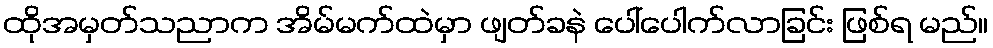
ထိုအမှတ်သညာက အိမ်မက်ထဲမှာ ဖျတ်ခနဲ ပေါ်ပေါက်လာခြင်း ဖြစ်ရ မည်။